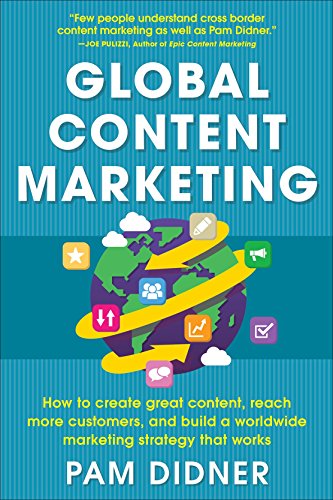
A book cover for Global Content Marketing: How to Create Great Content, Reach More Customers, and Build a Worldwide Marketing Strategy that Works; Pam Didner; Computers & Technology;